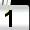
Digit: 1